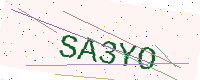
Text: SA3YO